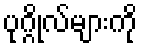
ပုဂ္ဂိုလ်များကို